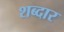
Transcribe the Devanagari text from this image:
शब्दार